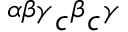
^ { \alpha \beta \gamma } c ^ { \beta } c ^ { \gamma }